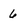
Character: 6